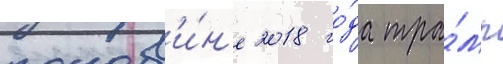
полов'и́н'е 2018 го́да тра́мп